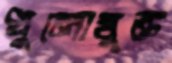
ধুলোমুক্ত